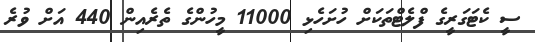
ސީ ކެޓަގަރީގެ ފްލެޓްތަކަށް ހުށަހެޅި 11000 މީހުންގެ ތެރެއިން 440 އަށް ވުރެ